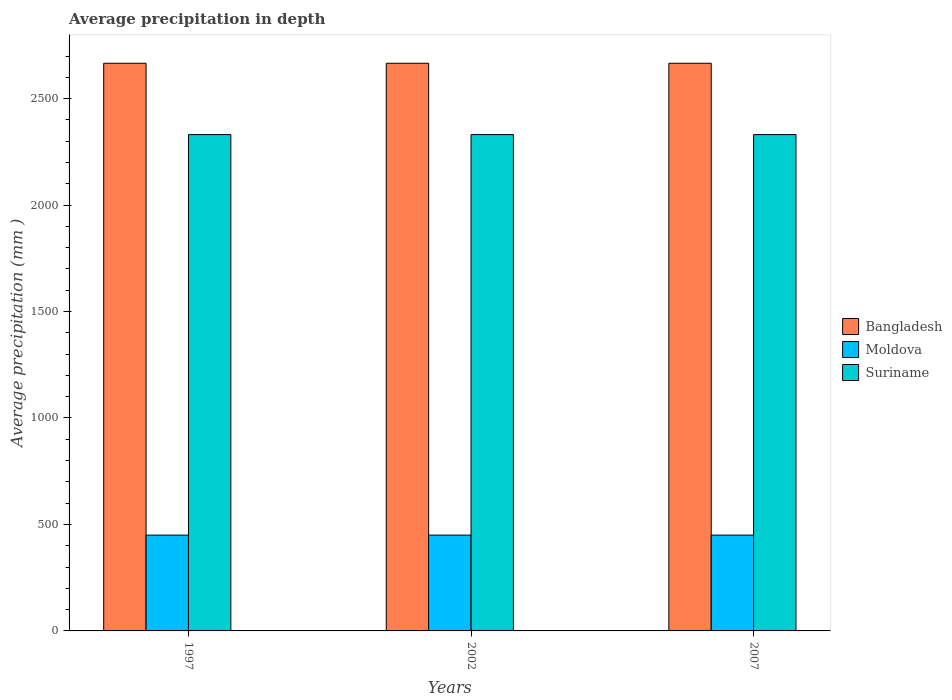
| Years | Bangladesh | Moldova | Suriname |
 | --- | --- | --- | --- |
 | 1997 | 2.67e+03 | 450 | 2.33e+03 |
 | 2002 | 2.67e+03 | 450 | 2.33e+03 |
 | 2007 | 2.67e+03 | 450 | 2.33e+03 |